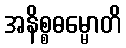
အနိစ္စဓမ္မောတိ